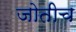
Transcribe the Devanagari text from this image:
जोतीच